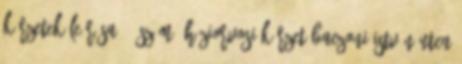
körzetek leírása 1. számú háziorvosi körzet Baczoni István utca